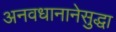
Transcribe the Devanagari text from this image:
अनवधानानेसुद्धा